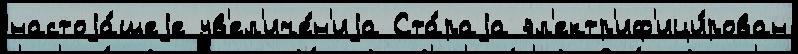
настоjа́щеjе ув'ел'иче́н'иjа Ста́раjа эл'ектр'иф'ици́рован